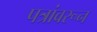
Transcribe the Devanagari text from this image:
पत्रांवरून